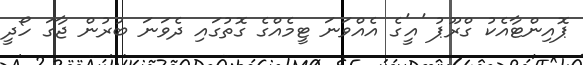
ޕޮއިންޓާއެކު ގްރޫޕު 'އީ'ގެ އެއްވަނަ ޓީމެއްގެ ގޮތުގައި ދެވަނަ ބުރުން ޖާގަ ހޯދީ